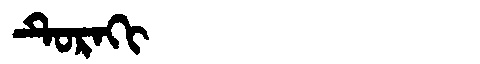
Manchu: ᡨᡠᡵᠠᡴᡳ
Romanization: TURAKI